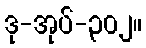
ဒု-အုပ်-၃၀၂။